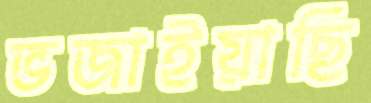
ভজাইয়াছি